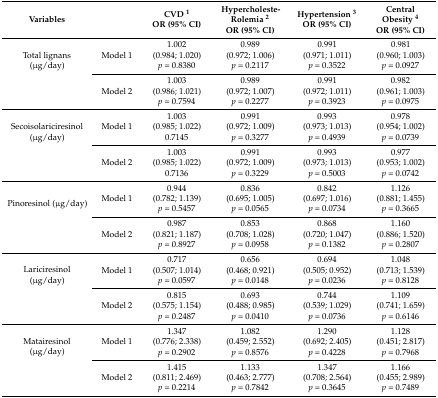
<table><thead><tr><td><b>Variables</b></td><td></td><td><b>CVD <sup>1</sup>OR (95% CI)</b></td><td><b>Hypercholeste-Rolemia <sup>2</sup>OR (95% CI)</b></td><td><b>Hypertension <sup>3</sup>OR (95% CI)</b></td><td><b>Central Obesity <sup>4</sup>OR (95% CI)</b></td></tr></thead><tbody><tr><td rowspan="2">Total lignans (μg/day)</td><td>Model 1</td><td>1.002(0.984; 1.020)<i>p</i> = 0.8380</td><td>0.989(0.972; 1.006)<i>p</i> = 0.2117</td><td>0.991(0.971; 1.011)<i>p</i> = 0.3522</td><td>0.981(0.960; 1.003)<i>p</i> = 0.0927</td></tr><tr><td>Model 2</td><td>1.003(0.986; 1.021)<i>p</i> = 0.7594</td><td>0.989(0.972; 1.007)<i>p</i> = 0.2277</td><td>0.991(0.972; 1.011)<i>p</i> = 0.3923</td><td>0.982(0.961; 1.003)<i>p</i> = 0.0975</td></tr><tr><td rowspan="2">Secoisolariciresinol (μg/day)</td><td>Model 1</td><td>1.003(0.985; 1.022)0.7145</td><td>0.991(0.972; 1.009)<i>p</i> = 0.3277</td><td>0.993(0.973; 1.013)<i>p</i> = 0.4939</td><td>0.978(0.954; 1.002)<i>p</i> = 0.0739</td></tr><tr><td>Model 2</td><td>1.003(0.985; 1.022)0.7136</td><td>0.991(0.972; 1.009)<i>p</i> = 0.3229</td><td>0.993(0.973; 1.013)<i>p</i> = 0.5003</td><td>0.977(0.953; 1.002)<i>p</i> = 0.0742</td></tr><tr><td rowspan="2">Pinoresinol (μg/day)</td><td>Model 1</td><td>0.944(0.782; 1.139)<i>p</i> = 0.5457</td><td>0.836(0.695; 1.005)<i>p</i> = 0.0565</td><td>0.842(0.697; 1.016)<i>p</i> = 0.0734</td><td>1.126(0.881; 1.455)<i>p</i> = 0.3665</td></tr><tr><td>Model 2</td><td>0.987(0.821; 1.187)<i>p</i> = 0.8927</td><td>0.853(0.708; 1.028)<i>p</i> = 0.0958</td><td>0.868(0.720; 1.047)<i>p</i> = 0.1382</td><td>1.160(0.886; 1.520)<i>p</i> = 0.2807</td></tr><tr><td rowspan="2">Lariciresinol (μg/day)</td><td>Model 1</td><td>0.717(0.507; 1.014)<i>p</i> = 0.0597</td><td>0.656(0.468; 0.921)<i>p</i> = 0.0148</td><td>0.694(0.505; 0.952)<i>p</i> = 0.0236</td><td>1.048(0.713; 1.539)<i>p</i> = 0.8128</td></tr><tr><td>Model 2</td><td>0.815(0.575; 1.154)<i>p</i> = 0.2487</td><td>0.693(0.488; 0.985)<i>p</i> = 0.0410</td><td>0.744(0.539; 1.029)<i>p</i> = 0.0736</td><td>1.109(0.741; 1.659)<i>p</i> = 0.6146</td></tr><tr><td rowspan="2">Matairesinol (μg/day)</td><td>Model 1</td><td>1.347(0.776; 2.338)<i>p</i> = 0.2902</td><td>1.082(0.459; 2.552)<i>p</i> = 0.8576</td><td>1.290(0.692; 2.405)<i>p</i> = 0.4228</td><td>1.128(0.451; 2.817)<i>p</i> = 0.7968</td></tr><tr><td>Model 2</td><td>1.415(0.811; 2.469)<i>p</i> = 0.2214</td><td>1.133(0.463; 2.777)<i>p</i> = 0.7842</td><td>1.347(0.708; 2.564)<i>p</i> = 0.3645</td><td>1.166(0.455; 2.989)<i>p</i> = 0.7489</td></tr></tbody></table>